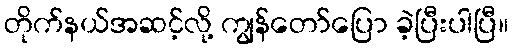
တိုက်နယ်အဆင့်လို့ ကျွန်တော်ပြော ခဲ့ပြီးပါပြီ။